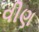
વીણ